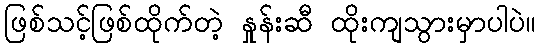
ဖြစ်သင့်ဖြစ်ထိုက်တဲ့ နှုန်းဆီ ထိုးကျသွားမှာပါပဲ။